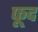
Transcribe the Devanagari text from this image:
फूद